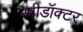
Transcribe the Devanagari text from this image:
स्त्रीडॉक्टर